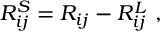
R _ { i j } ^ { S } = R _ { i j } - R _ { i j } ^ { L } ~ ,